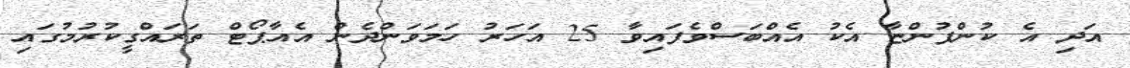
އަދި އެ ކުންފުންޏާ އެކު އެއްބަސްވެފައިވާ 25 އަހަރު ހަމަވަންދެން އެއާޕޯޓް ތަރައްގީކުރުމުގައި